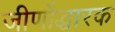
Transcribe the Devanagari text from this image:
जीर्णोद्धारक